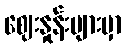
ဈေးနှုန်းများမှာ